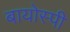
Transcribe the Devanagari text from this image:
बायोस्पी